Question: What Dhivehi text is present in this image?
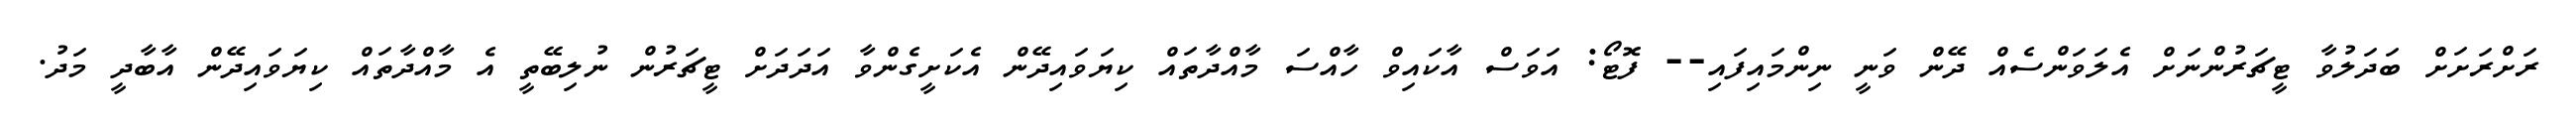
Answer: ރަށްރަށަށް ބަދަލުވާ ޓީޗަރުންނަށް އެލަވަންސެއް ދޭން ވަނީ ނިންމައިފައި-- ފޮޓޯ: އަވަސް އާކައިވް ހާއްސަ މާއްދާތައް ކިޔަވައިދޭން އެކަށީގެންވާ އަދަދަށް ޓީޗަރުން ނުލިބޭތީ އެ މާއްދާތައް ކިޔަވައިދޭން އާބާދީ މަދު.